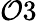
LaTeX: \mathcal{O}3